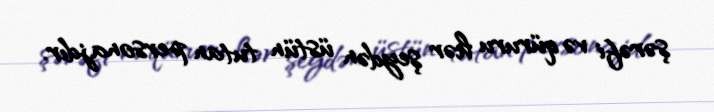
şərəfi və qüruru hər şeydən üstün tutan personajdır.